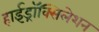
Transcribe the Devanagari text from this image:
हाईड्रॉक्सिलेशन